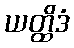
ယတ္ထိဒံ